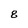
Character: 8